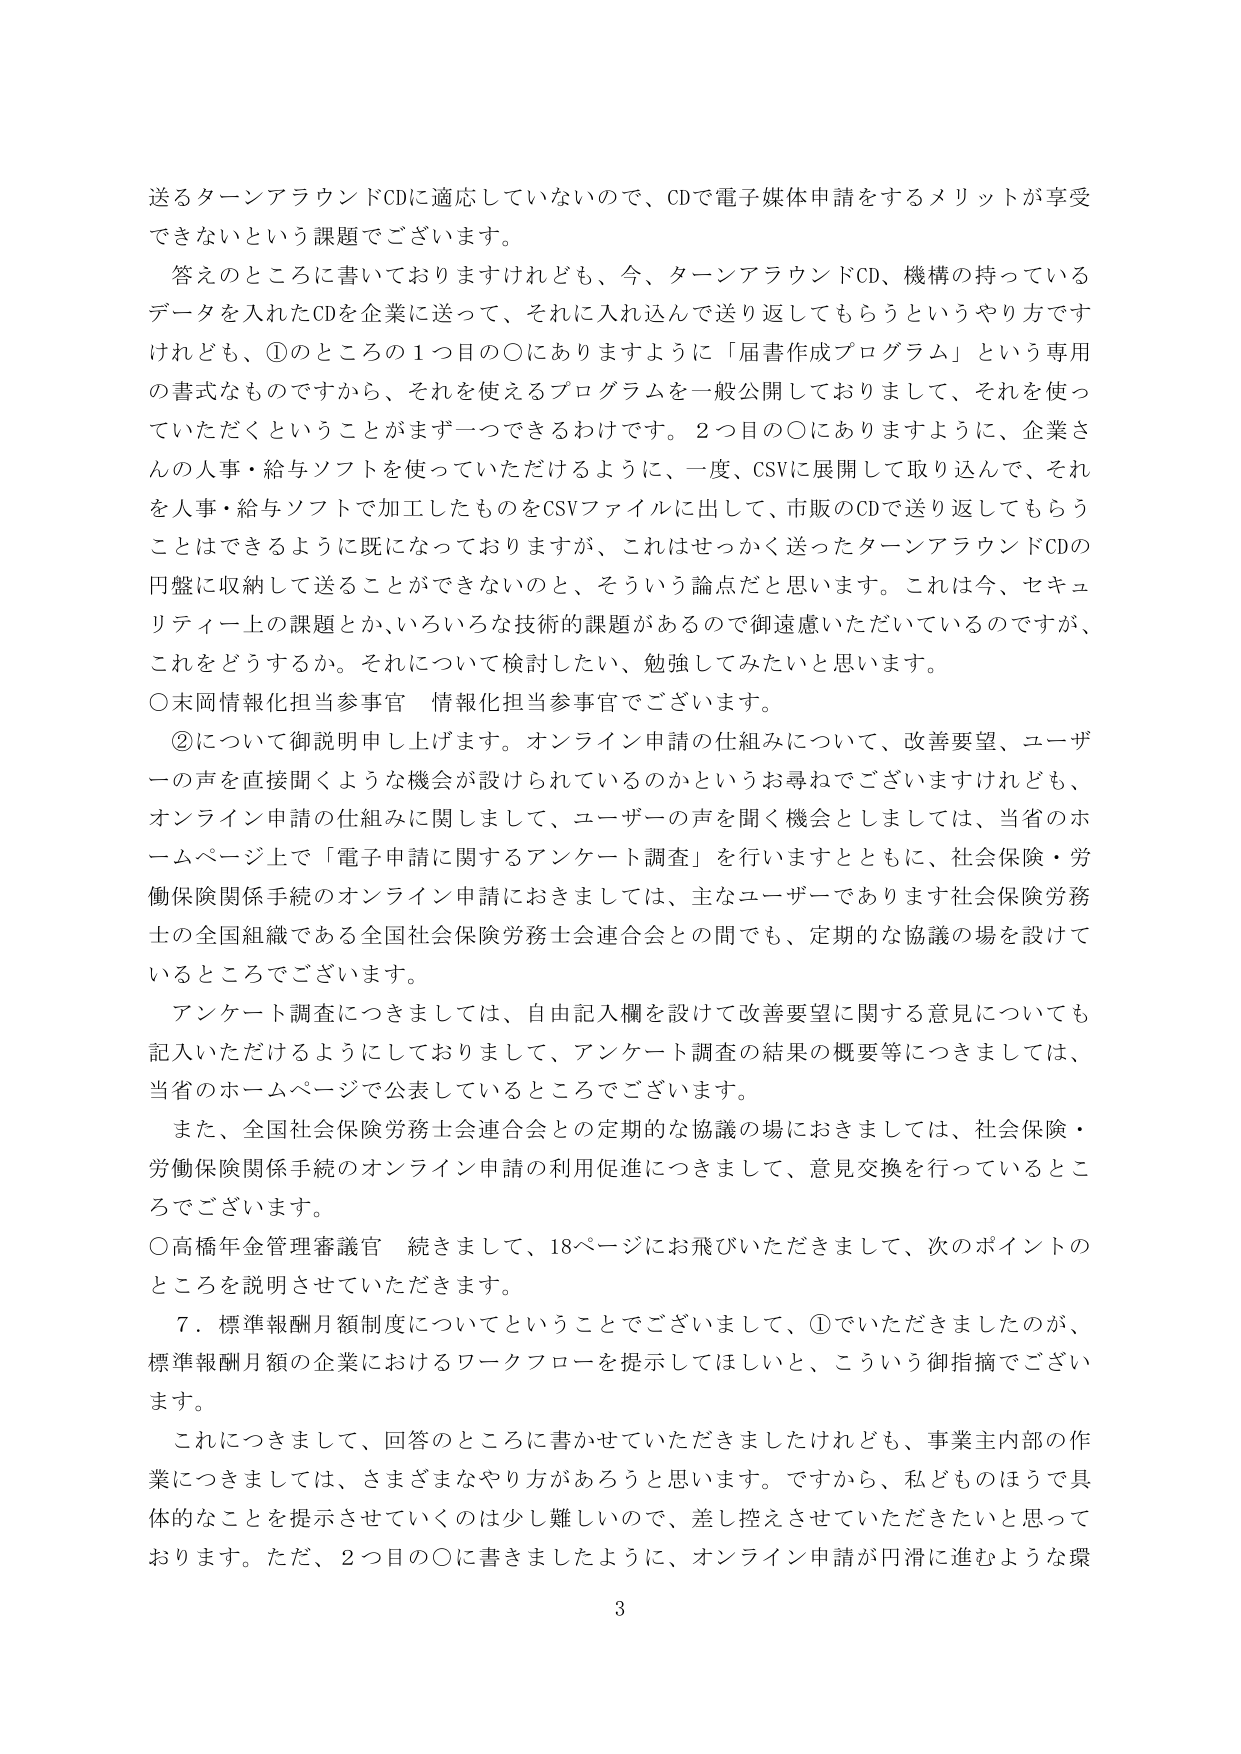
送るターンアラウンドCDに適応していないので、CDで電子媒体申請をするメリットが享受できないという課題でございます。

答えのところに書いておりますけれども、今、ターンアラウンドCD、機構の持っているデータを入れたCDを企業に送って、それに入れ込んで送り返してもらうというやり方ですけれども、①のところの1つ目の〇にありますように「届書作成プログラム」という専用の書式なものですから、それを使えるプログラムを一般公開しておりまして、それを使っていただくということがまず一つできるわけです。2つ目の〇にありますように、企業さんの人事・給与ソフトを使っていただけるように、一度、CSVに展開して取り込んで、それを人事・給与ソフトで加工したものをCSVファイルに出して、市販のCDで送り返してもらうことはできるように既になっておりますが、これはせっかく送ったターンアラウンドCDの円盤に収納して送ることができないのと、そういう論点だと思います。これは今、セキュリティ上の課題とか、いろいろな技術的課題があるので御遠慮いただいているのですが、これをどうするか。それについて検討したい、勉強してみたいと思います。

〇末岡情報化担当参事官 情報化担当参事官でございます。

②について御説明申し上げます。オンライン申請の仕組みについて、改善要望、ユーザーの声を直接聞くような機会が設けられているのかというお尋ねでございますけれども、オンライン申請の仕組みに関しまして、ユーザーの声を聞く機会としましては、当省のホームページ上で「電子申請に関するアンケート調査」を行いますとともに、社会保険・労働保険関係手続のオンライン申請におきましては、主なユーザーであります社会保険労務士の全国組織である全国社会保険労務士会連合会との間でも、定期的な協議の場を設けているところでございます。

アンケート調査につきましては、自由記入欄を設けて改善要望に関する意見についても記入いただけるようにしておりまして、アンケート調査の結果の概要等につきましては、当省のホームページで公表しているところでございます。

また、全国社会保険労務士会連合会との定期的な協議の場におきましては、社会保険・労働保険関係手続のオンライン申請の利用促進につきまして、意見交換を行っているところでございます。

〇高橋年金管理審議官 続きまして、18ページにお飛びいただきまして、次のポイントのところを説明させていただきます。

7．標準報酬月額制度についてということでございまして、①でいただきましたのが、標準報酬月額の企業におけるワークフローを提示してほしいと、こういう御指摘でございます。

これにつきまして、回答のところに書かせていただきましたけれども、事業主内部の作業につきましては、さまざまなやり方があるろうと思います。ですから、私どものほうで具体的なことを提示させていくのは少し難しいので、差し控えさせていただきたいと思っております。ただ、2つ目の〇に書きましたように、オンライン申請が円滑に進むような環

3